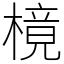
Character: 樈